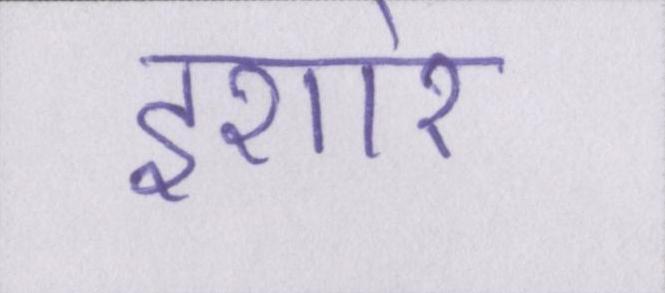
इशारे